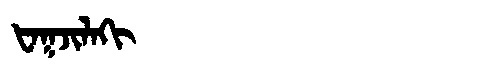
Manchu: ᡶᠠᡴᠵᡳᠯᠠᡴᡳ
Romanization: FAKJILAKI